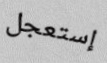
إستعجل